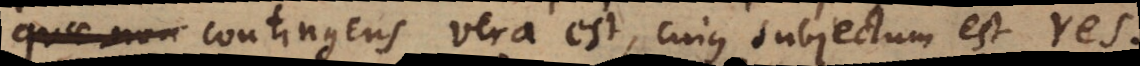
quae non contingens vera est, cujus subjectum est res.